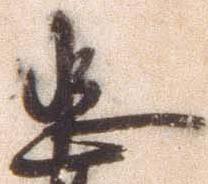
忠